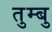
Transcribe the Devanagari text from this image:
तुम्बु